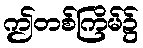
ဤတစ်ကြိမ်၌